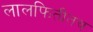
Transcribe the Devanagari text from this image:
लालफितीतच